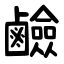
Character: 鹼